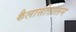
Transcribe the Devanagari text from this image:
कैलासोत्तालन